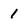
Character: 1